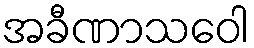
အခီဏာသဝေါ